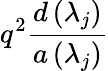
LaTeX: q^{2}\frac{d\left(\lambda_{j}\right)}{a\left(\lambda_{j}\right)}